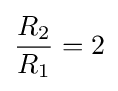
{\frac {R_{2}}{R_{1}}}=2